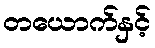
တယောက်နှင့်